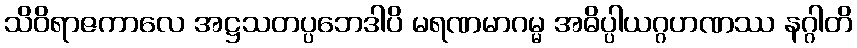
သိဝိရာဇကာလေ အဋ္ဌသတပ္ပဘေဒါပိ မရဏမာဂမ္မ အဓိပ္ပါယဂ္ဂဟဏဿ နဂ္ဂါတိ